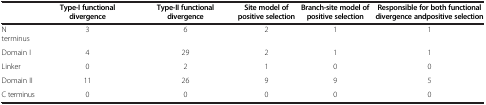
<table><thead><tr><td><b> </b></td><td><b>Type-I functional divergence</b></td><td><b>Type-II functional divergence</b></td><td><b>Site model of positive selection</b></td><td><b>Branch-site model of positive selection</b></td><td><b>Responsible for both functional divergence andpositive selection</b></td></tr></thead><tbody><tr><td>N terminus</td><td>3</td><td>6</td><td>2</td><td>1</td><td>1</td></tr><tr><td>Domain I</td><td>4</td><td>29</td><td>2</td><td>1</td><td>1</td></tr><tr><td>Linker</td><td>0</td><td>2</td><td>1</td><td>0</td><td>0</td></tr><tr><td>Domain II</td><td>11</td><td>26</td><td>9</td><td>9</td><td>5</td></tr><tr><td>C terminus</td><td>0</td><td>0</td><td>0</td><td>0</td><td>0</td></tr></tbody></table>